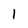
Character: I